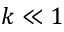
k \ll 1